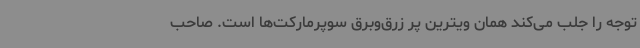
توجه را جلب می‌کند همان ویترین پر زرق‌وبرق سوپرمارکت‌ها است. صاحب